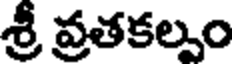
శ్రీ వ్రతకల్పం